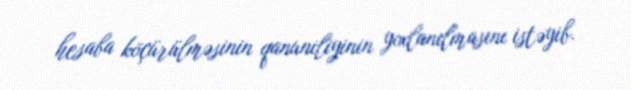
hesaba köçürülməsinin qanuniliyinin yoxlanılmasını istəyib.